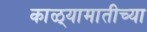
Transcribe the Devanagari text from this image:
काळ्यामातीच्या